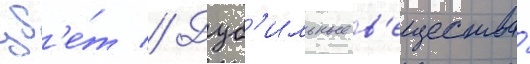
цв'е́т // Дуб'ильные в'ещества́